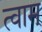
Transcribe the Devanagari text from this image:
त्वाम्